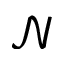
\mathcal { N }